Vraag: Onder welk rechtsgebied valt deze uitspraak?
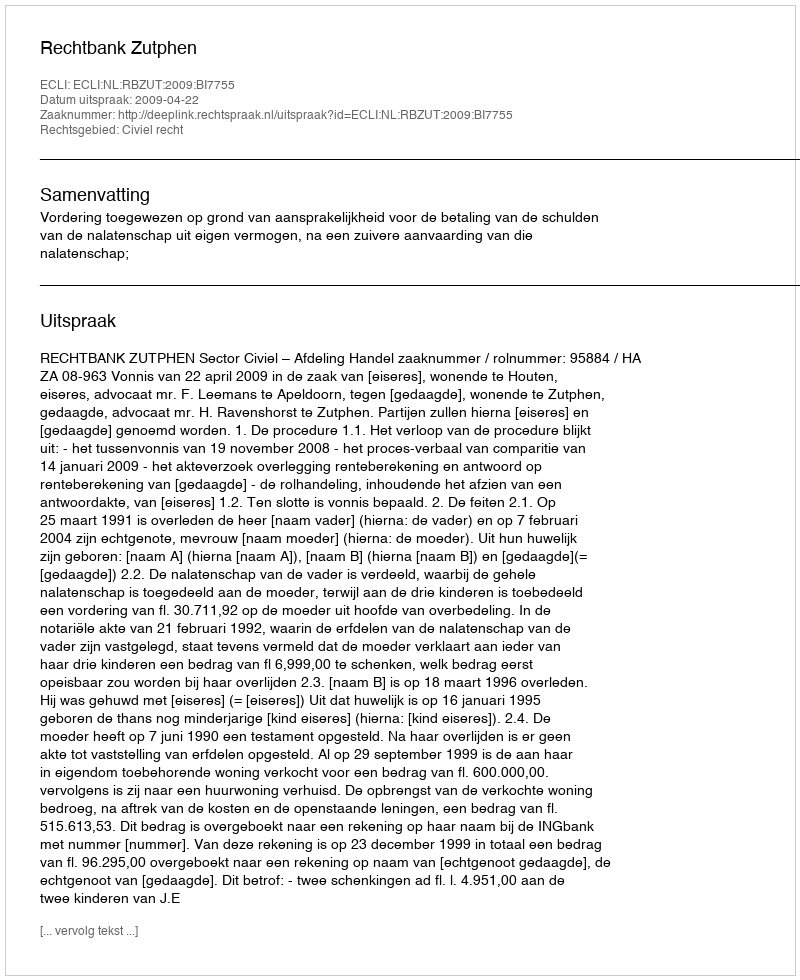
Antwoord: Civiel recht